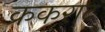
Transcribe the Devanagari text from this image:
क्रकराट